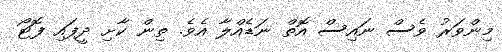
މިންވަރު ވެސް ނައިސް އޮތް ނަޑެއްލާ އެވެ. ތިން ކާށި ދީފައި ފޮޓޯ